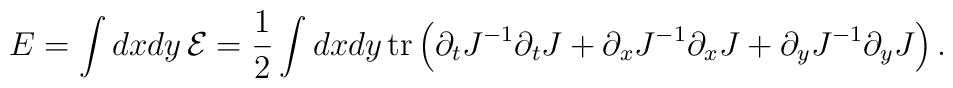
E=\int dxdy\,{\cal E}=\frac{1}{2}\int dxdy\,\mbox{tr}\left(\partial_tJ^{-1}\partial_tJ+\partial_xJ^{-1}\partial_xJ+\partial_yJ^{-1}\partial_yJ\right).